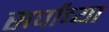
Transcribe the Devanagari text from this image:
सर्पांच्या